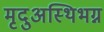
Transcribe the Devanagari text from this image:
मृदुअस्थिभग्न